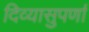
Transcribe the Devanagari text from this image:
दिव्यासुपर्णा